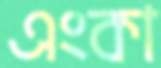
এংকা